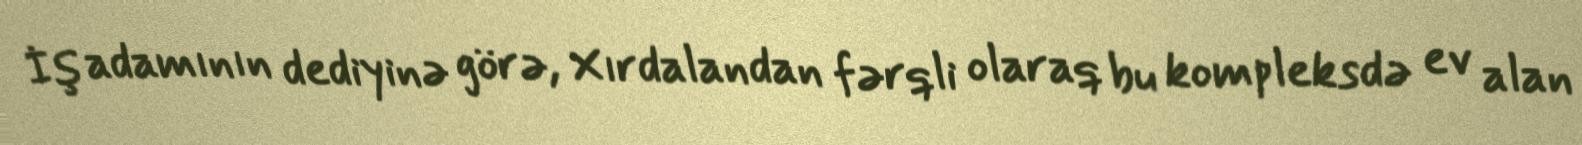
İş adamının dediyinə görə, Xırdalandan fərqli olaraq bu kompleksdə ev alan